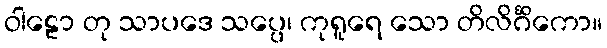
ဝါဠော တု သာပဒေ သပ္ပေ၊ ကုရူရေ သော တိလိင်္ဂိကော။